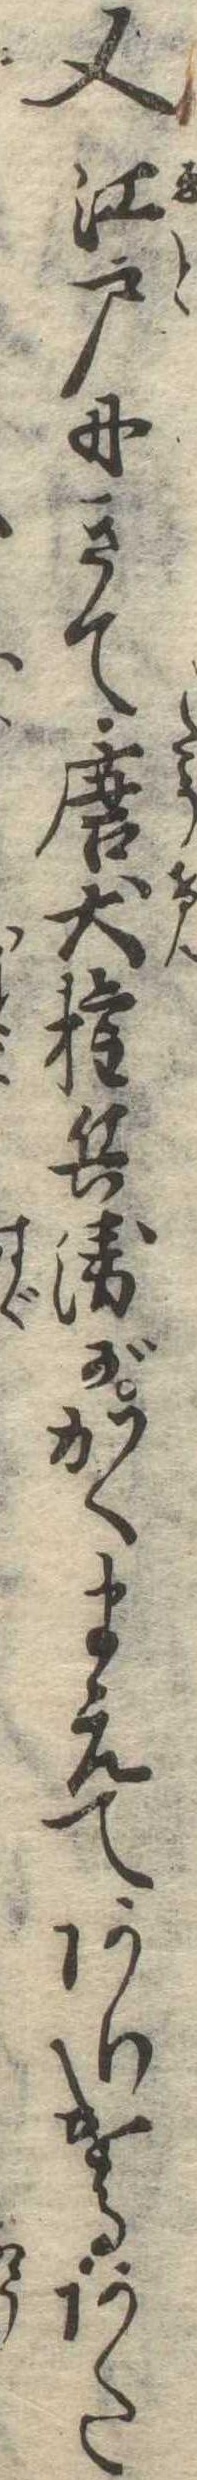
又江戸にきて唐犬権兵衛がかくまえてありけるあた